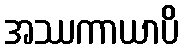
အဿကာယာပိ